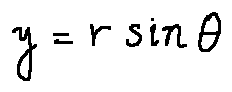
y = r \sin \theta